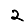
Digit: 2